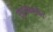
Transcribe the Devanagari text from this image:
साधकस्यैव